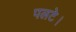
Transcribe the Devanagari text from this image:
पलटे।